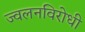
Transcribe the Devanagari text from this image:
ज्वलनविरोधी